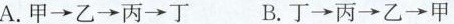
A.甲→乙→丙→丁 B.丁→丙→乙→甲